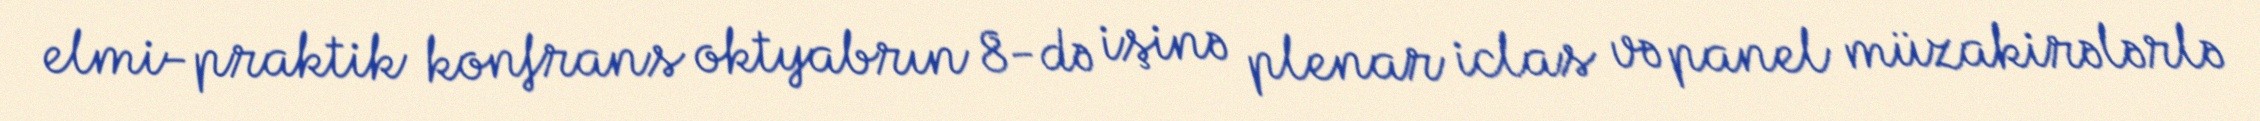
elmi-praktik konfrans oktyabrın 8-də işinə plenar iclas və panel müzakirələrlə